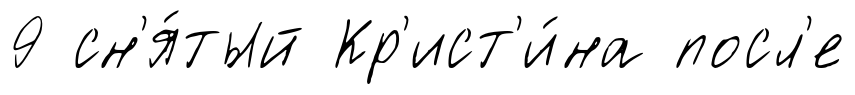
9 сн'я́тый Кр'ист'и́на посл'е